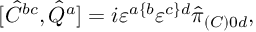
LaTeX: [ \hat { C } ^ { b c } , \hat { Q } ^ { a } ] = i \varepsilon ^ { a \{ b } \varepsilon ^ { c \} d } \hat { \pi } _ { ( C ) 0 d } ,